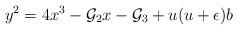
LaTeX: \begin{align*}y^{2}=4x^{3} -{\cal{G}}_{2}x-{\cal{G}}_{3} +u(u+\epsilon)b\end{align*}